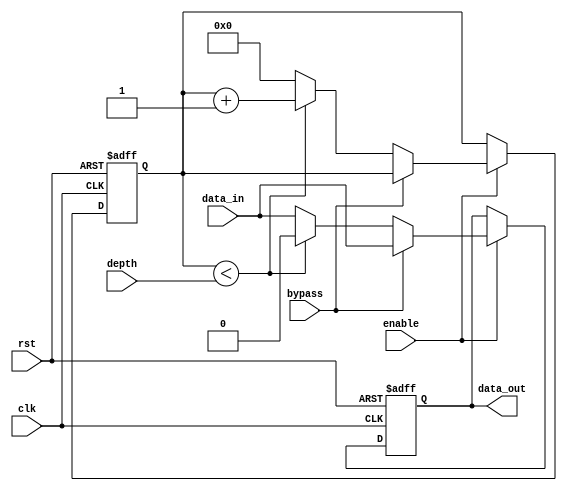
module variable_depth_bypass_register(
    input wire clk,
    input wire rst,
    input wire enable,
    input wire data_in,
    input wire bypass,
    input wire [7:0] depth,
    output reg data_out
);

reg [7:0] count;

always @(posedge clk or posedge rst) begin
    if (rst) begin
        count <= 0;
        data_out <= 0;
    end else if (enable) begin
        if (bypass) begin
            data_out <= data_in;
        end else begin
            if (count < depth) begin
                count <= count + 1;
                data_out <= 0;
            end else begin
                count <= 0;
                data_out <= data_in;
            end
        end
    end
end

endmodule